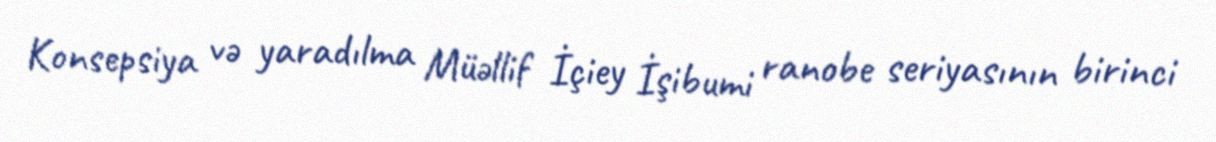
Konsepsiya və yaradılma Müəllif İçiey İşibumi ranobe seriyasının birinci